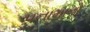
પનામાનો